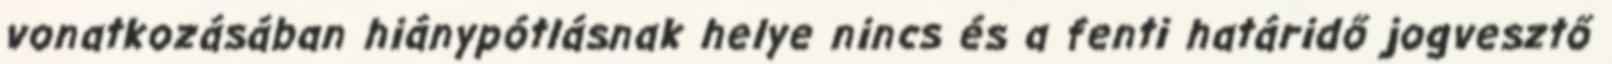
vonatkozásában hiánypótlásnak helye nincs és a fenti határidő jogvesztő